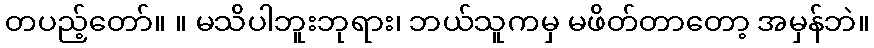
တပည့်တော်။ ။ မသိပါဘူးဘုရား၊ ဘယ်သူကမှ မဖိတ်တာတော့ အမှန်ဘဲ။